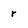
Character: r